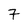
Character: 7